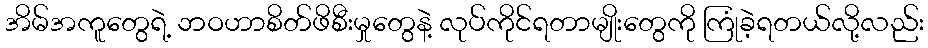
အိမ်အကူတွေရဲ့ ဘဝဟာစိတ်ဖိစီးမှုတွေနဲ့ လုပ်ကိုင်ရတာမျိုးတွေကို ကြုံခဲ့ရတယ်လို့လည်း